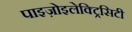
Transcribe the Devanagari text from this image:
पाइज़ोइलेक्ट्रिसिटी